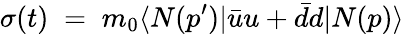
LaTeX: \sigma(t)\; =\; m_{0}\langle N(p^{\prime})|\bar{u}u+\bar{d}{d}|N(p)\rangle